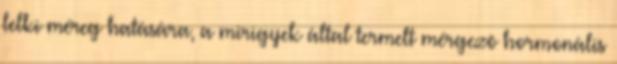
lelki méreg hatására, a mirigyek által termelt mérgezõ hormonális